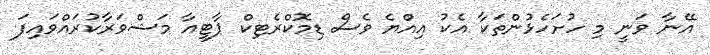
އޭނާ ވަނީ މި ހުށަހެޅުންތަކާ އެކު އިއްޔެ ވެސް ޑިމޮކްރެޓިކް ޕާޓީއާ މަޝްވަރާކުރައްވައިފަ